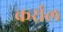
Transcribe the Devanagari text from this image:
कर्राल